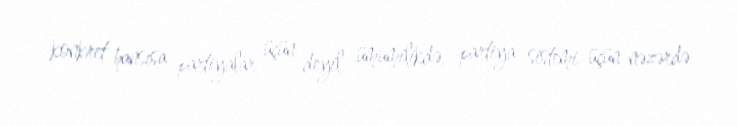
konkret hansısa partiyalar üçün deyil, ümumilikdə, partiya sistemi üçün nəzərdə